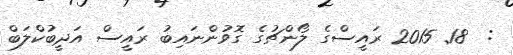
:  18